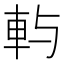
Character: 𨊮